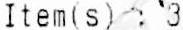
ITEM(S) : 3